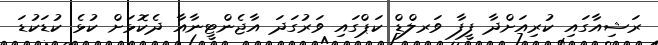
ރަޝިއާގައި ކުރިއަށްދާ ފީފާ ވަރލްޑް ކަޕްގައި ވަރުގަދަ އާޖެންޓީނާއާ ދެކޮޅަށް ކުޅެ ކުޑަކުޑަ